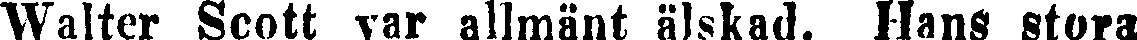
Walter Scott var allmänt älskad. Hans stora